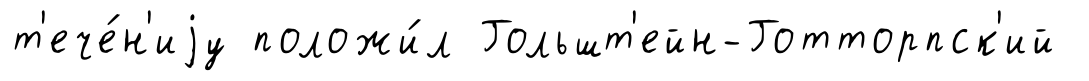
т'ече́н'иjу положи́л Гольшт'ейн-Готторпск'ий